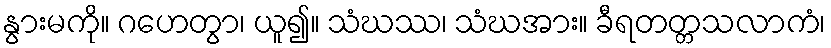
နွားမကို။ ဂဟေတွာ၊ ယူ၍။ သံဃဿ၊ သံဃအား။ ခီရတတ္တသလာကံ၊